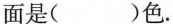
对面是()色。